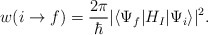
\begin{align*}w(i\rightarrow f) ={2\pi\over\hbar}|\langle\Psi_f|H_I|\Psi_i\rangle|^2.\end{align*}